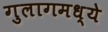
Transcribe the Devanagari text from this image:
गुलागमध्ये